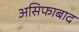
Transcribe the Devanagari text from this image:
असिफाबाद